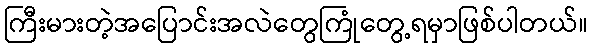
ကြီးမားတဲ့အပြောင်းအလဲတွေကြုံတွေ့ရမှာဖြစ်ပါတယ်။